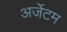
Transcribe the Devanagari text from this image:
अर्जेटम